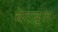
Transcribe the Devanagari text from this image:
वेदबुश